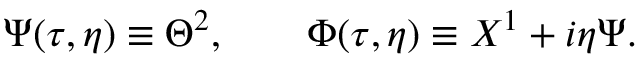
\Psi ( \tau , \eta ) \equiv \Theta ^ { 2 } , \qquad \Phi ( \tau , \eta ) \equiv X ^ { 1 } + i \eta \Psi .